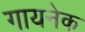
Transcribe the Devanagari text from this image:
गायनेक